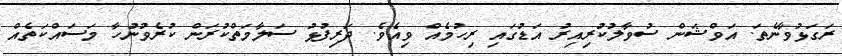
ރަގަޅުވާނެތަ. އަވްޝަން ސުވާލުކުރިއިރު އަޑުގައި ރިހުމެއް ވިއެވެ. ދަރިފުޅު ސަލާމަތްކުރަން ކުރެވުނުހާ މަސައްކަތެއް